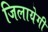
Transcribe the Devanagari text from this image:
जिलायेगी